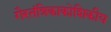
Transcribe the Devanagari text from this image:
गैरतंत्रिकाकोशिकीय